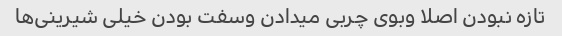
تازه نبودن اصلا وبوی چربی میدادن وسفت بودن خیلی شیرینی‌ها